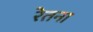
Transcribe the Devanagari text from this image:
रेतना